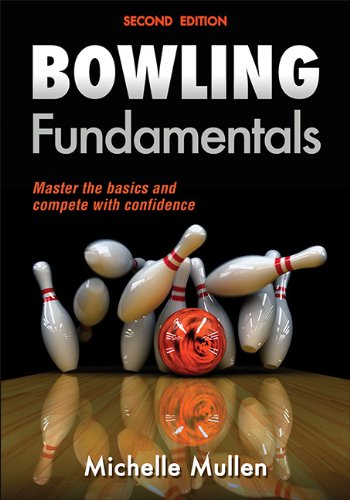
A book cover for Bowling Fundamentals 2nd Edition; Michelle Mullen; Sports & Outdoors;